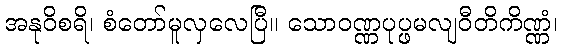
အနုဝိစရိ၊ စံတော်မူလှလေပြီ။ သောဝဏ္ဏပုပ္ဖမလျဝီတိကိဏ္ဏံ၊